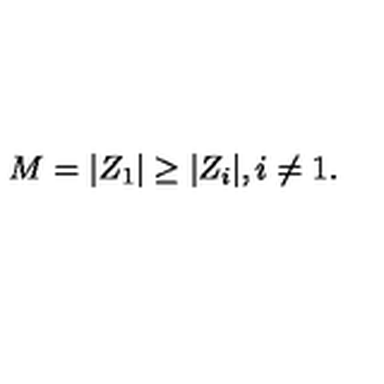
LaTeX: M = | Z _ { 1 } | \geq | Z _ { i } | , i \neq 1 .